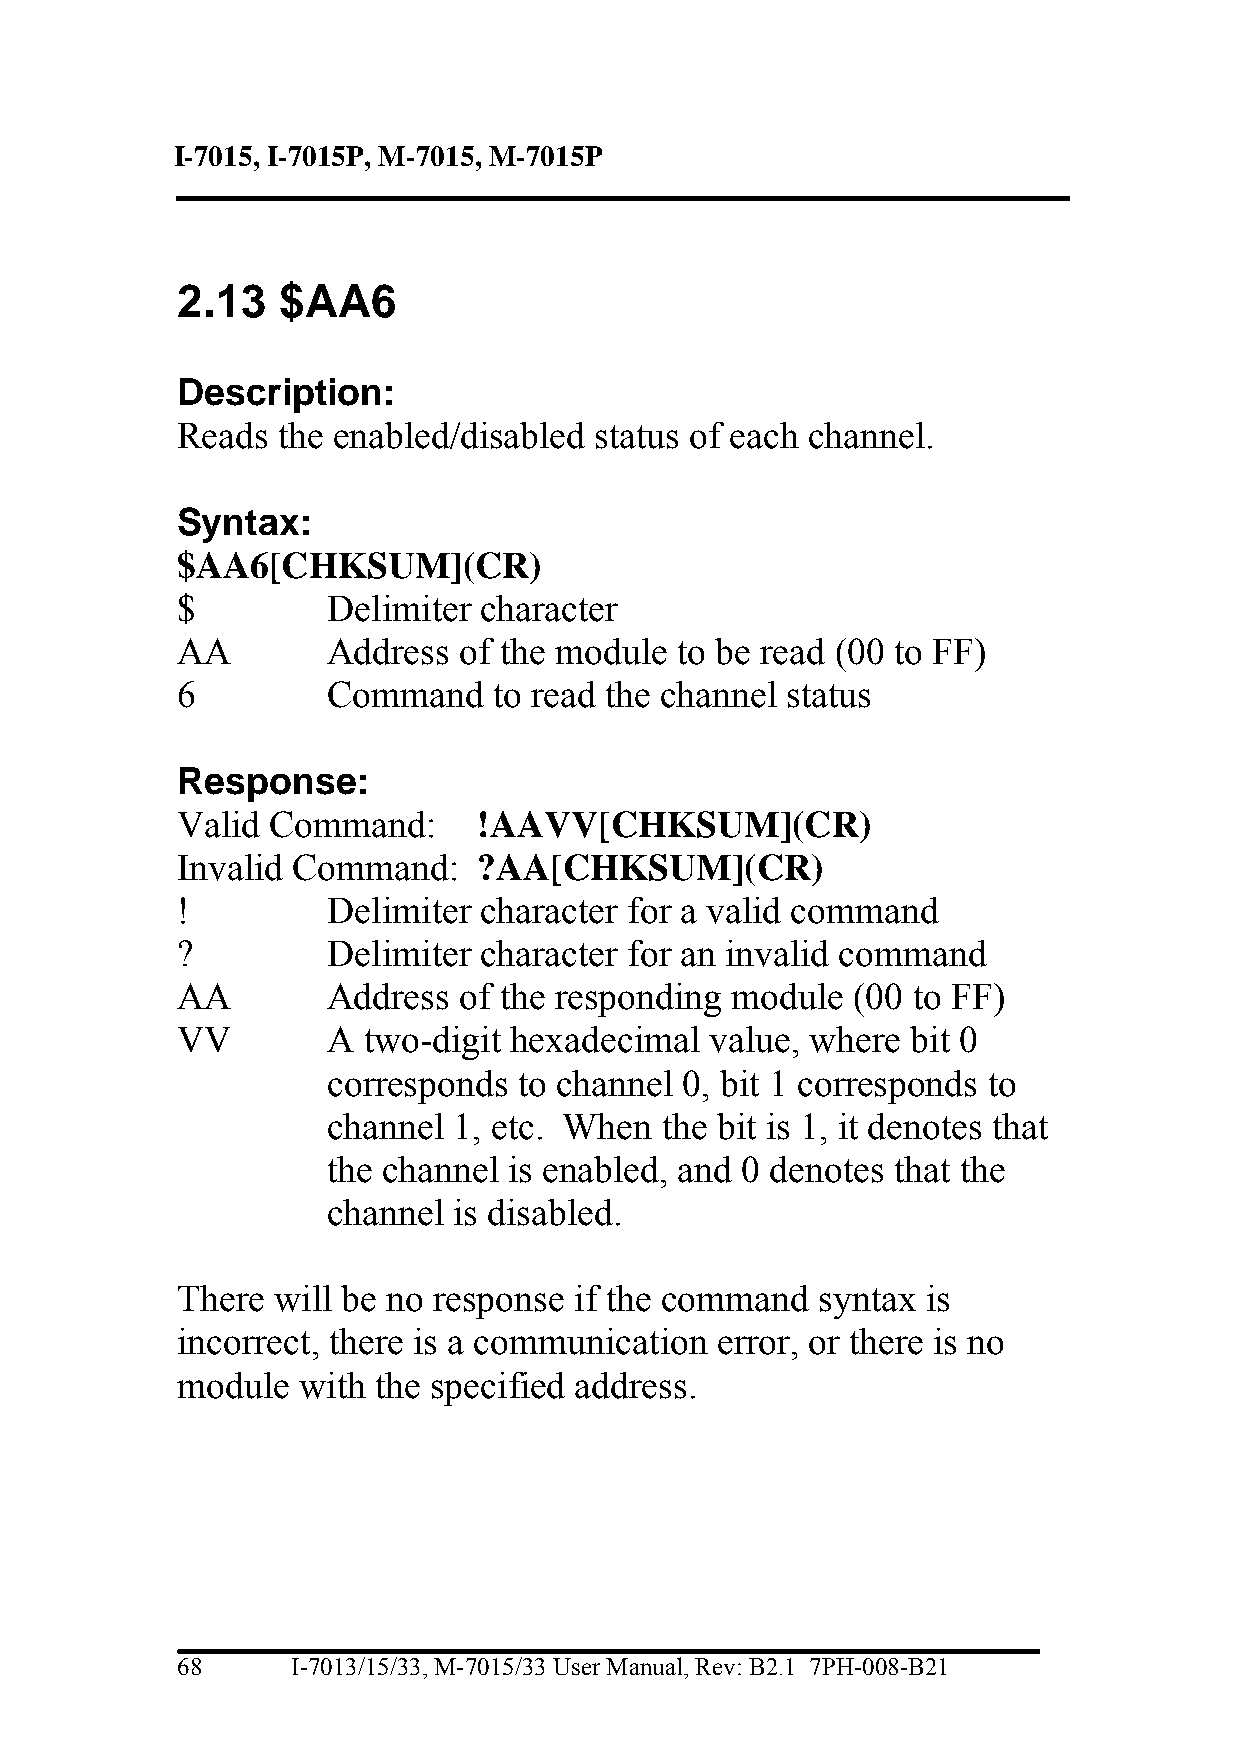
I-7015, I-7015P, M-7015, M-7015P
 2.13  $AA6
 Description:
 Reads the enabled/disabled status of each channel.
 Syntax:
 $AA6[CHKSUM](CR)
 $         Delimiter character
 AA        Address of the module  to be read (00 to FF)
 6         Command    to read the channel status
 Response:
 Valid Command:      !AAVV[CHKSUM](CR)
 Invalid Command:    ?AA[CHKSUM](CR)
 !         Delimiter character for a valid command
 ?         Delimiter character for an invalid command
 AA        Address of the responding module  (00 to FF)
 VV        A two-digit hexadecimal  value, where bit 0
 corresponds to channel 0, bit 1 corresponds to
 channel 1, etc. When  the bit is 1, it denotes that
 the channel is enabled, and 0 denotes that the
 channel is disabled.
 There will be no response if the command  syntax is
 incorrect, there is a communication error, or there is no
 module  with the specified address.
 68     I-7013/15/33, M-7015/33 User Manual, Rev: B2.1 7PH-008-B21